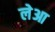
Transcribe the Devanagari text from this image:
लेआ